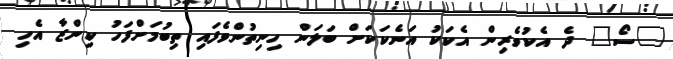
"ސޯ" ދެ އެކުވެރިން އެކަކު އަނެކަކަށް ބަލަން ހިނިތުންވެފައި ތިބުމަށްފަހު ކިންޒާ އެހި